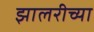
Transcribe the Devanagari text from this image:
झालरीच्या